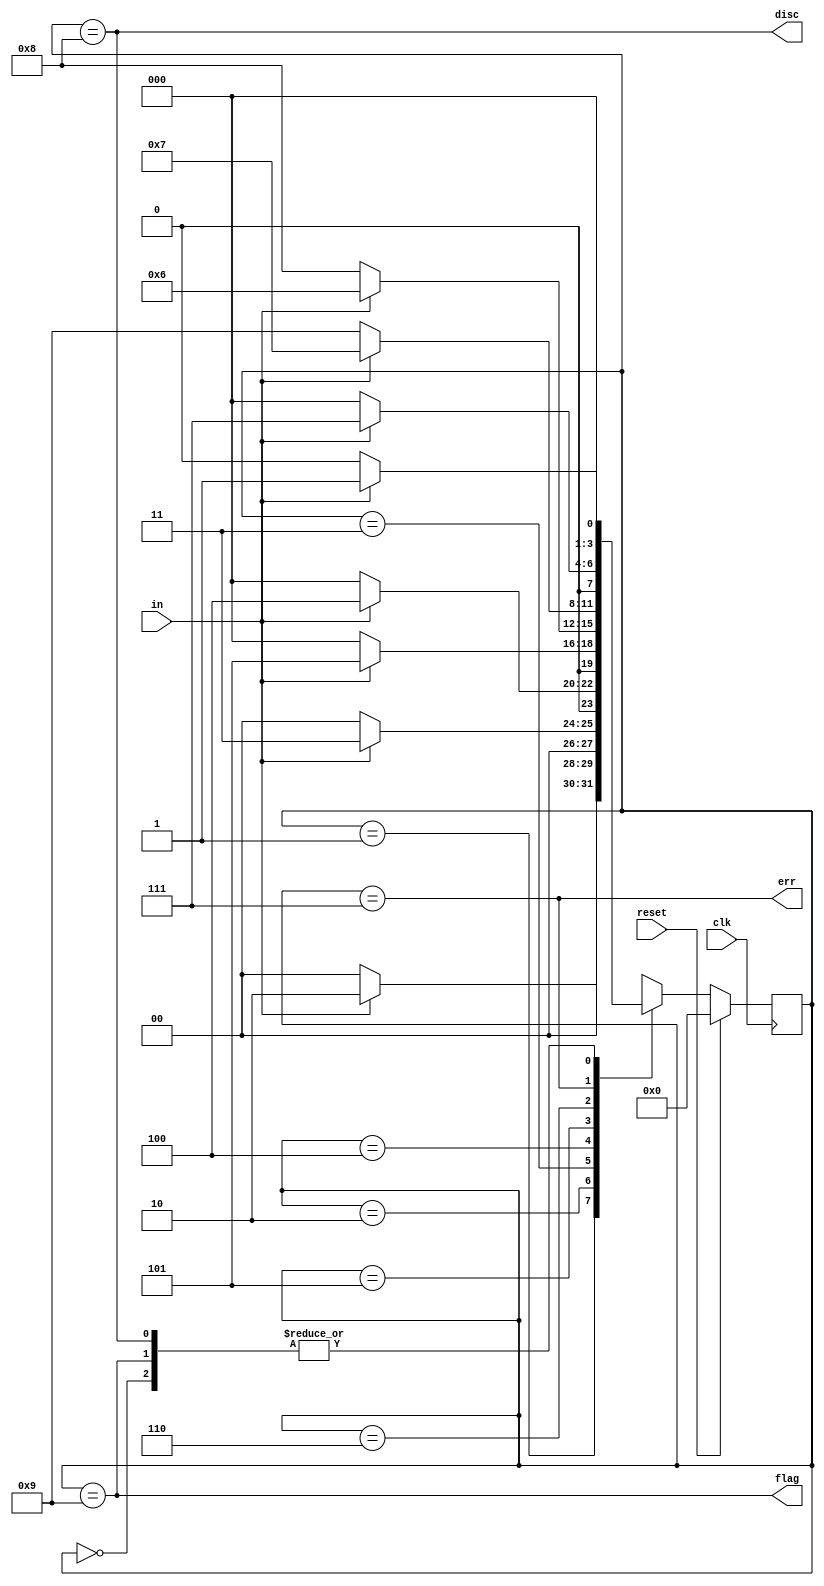
module top_module(
    input clk,
    input reset,    // Synchronous reset
    input in,
    output disc,
    output flag,
    output err);

    //-------------Internal Constants-----------------
    parameter ONE0=0, ONE1=1, ONE2=2, ONE3=3, ONE4=4, ONE5=5, ONE6=6, ERR=7, DISC=8, FLAG=9 ;  // States 

    //-------------Internal Variables-----------------
    reg [3:0] state, next_state;    //Used one hot encoding, 4 state bits required for 4 states.

    // State transition logic - Combinational Logic
    always @(*) begin
        case(state)
			ONE0 : next_state = in ? ONE1 : ONE0;
            ONE1 : next_state = in ? ONE2 : ONE0;
            ONE2 : next_state = in ? ONE3 : ONE0;
            ONE3 : next_state = in ? ONE4 : ONE0;
            ONE4 : next_state = in ? ONE5 : ONE0;
            ONE5 : next_state = in ? ONE6 : DISC;
            ONE6 : next_state = in ? ERR : FLAG;
            ERR : next_state = in ? ERR : ONE0;
            DISC : next_state = in ? ONE1 : ONE0;
            FLAG : next_state = in ? ONE1 : ONE0;
            default:next_state = 4'bxxxx;
        endcase
    end

    // Current state logic - Sequential Logic
    always @(posedge clk) begin
    // State flip-flops with asynchronous / synchronous reset
        if(reset)
            state <= ONE0;
        else
            state <= next_state;
    end

    // Output logic - Combinational output logic
    assign disc = (state == DISC );    
    assign flag = (state == FLAG );
    assign err = (state == ERR );
    
endmodule